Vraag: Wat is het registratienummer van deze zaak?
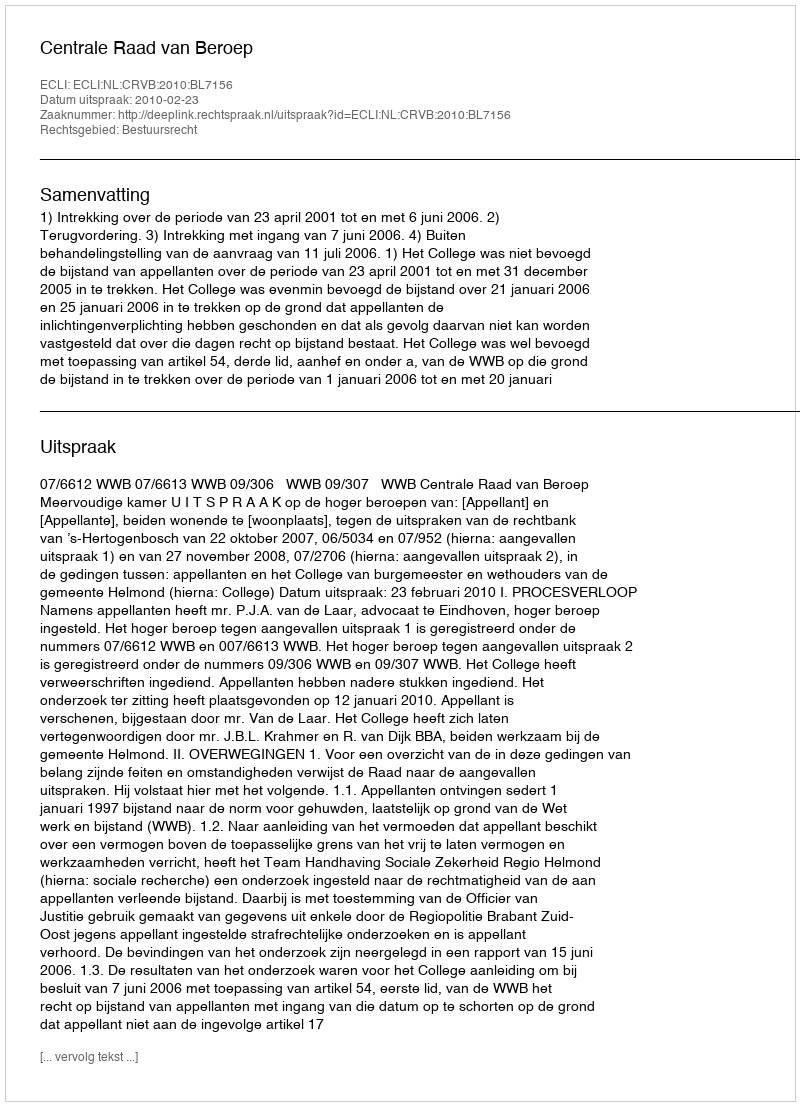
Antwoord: http://deeplink.rechtspraak.nl/uitspraak?id=ECLI:NL:CRVB:2010:BL7156